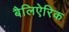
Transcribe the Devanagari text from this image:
बैलिऐरिक